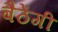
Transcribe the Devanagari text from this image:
बैठेंगी